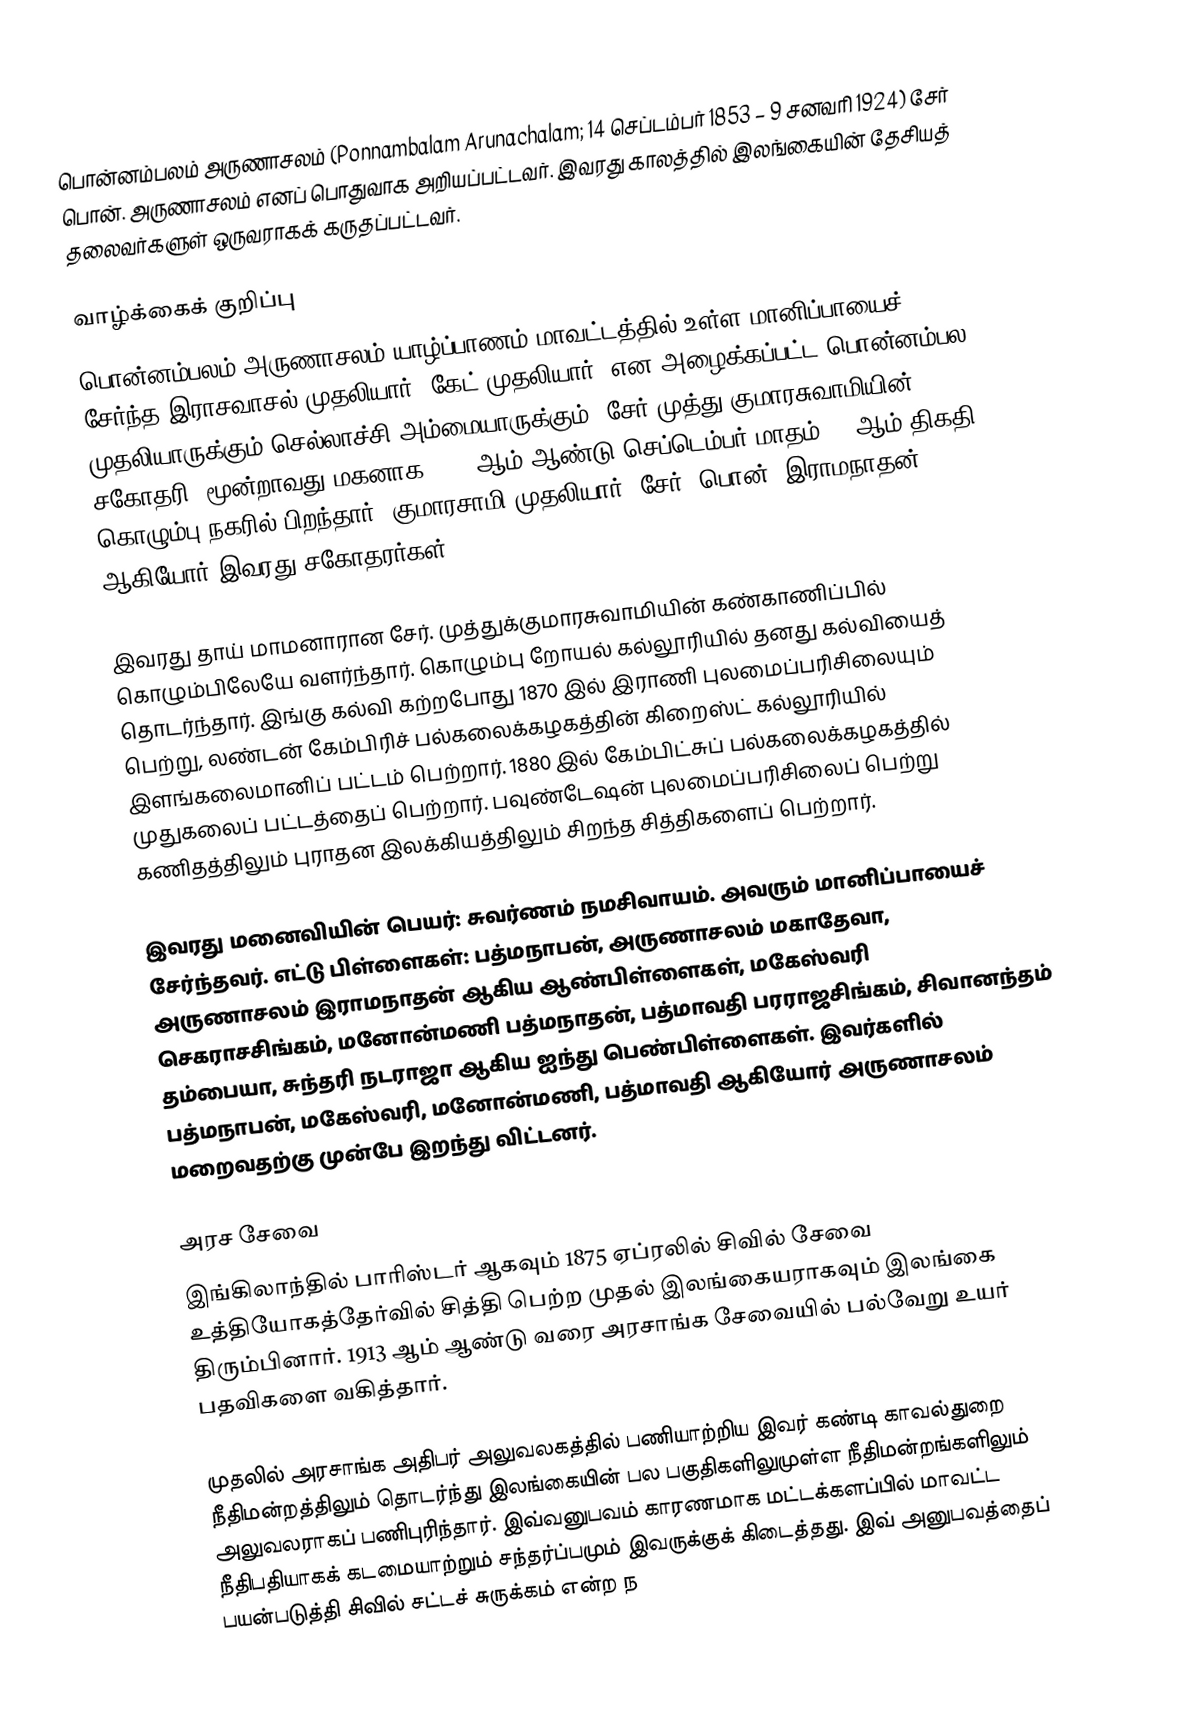
பொன்னம்பலம் அருணாசலம் (Ponnambalam Arunachalam; 14 செப்டம்பர் 1853 – 9 சனவரி 1924) சேர் பொன். அருணாசலம் எனப் பொதுவாக அறியப்பட்டவர். இவரது காலத்தில் இலங்கையின் தேசியத் தலைவர்களுள் ஒருவராகக் கருதப்பட்டவர்.

வாழ்க்கைக் குறிப்பு
பொன்னம்பலம் அருணாசலம் யாழ்ப்பாணம் மாவட்டத்தில் உள்ள மானிப்பாயைச் சேர்ந்த இராசவாசல் முதலியார் (கேட் முதலியார்) என அழைக்கப்பட்ட பொன்னம்பல முதலியாருக்கும் செல்லாச்சி அம்மையாருக்கும் (சேர் முத்து குமாரசுவாமியின் சகோதரி) மூன்றாவது மகனாக 1853 ஆம் ஆண்டு செப்டெம்பர் மாதம் 14 ஆம் திகதி கொழும்பு நகரில் பிறந்தார். குமாரசாமி முதலியார், சேர். பொன். இராமநாதன் ஆகியோர் இவரது சகோதரர்கள்.

இவரது தாய் மாமனாரான சேர். முத்துக்குமாரசுவாமியின் கண்காணிப்பில் கொழும்பிலேயே வளர்ந்தார். கொழும்பு றோயல் கல்லூரியில் தனது கல்வியைத் தொடர்ந்தார். இங்கு கல்வி கற்றபோது 1870 இல் இராணி புலமைப்பரிசிலையும் பெற்று, லண்டன் கேம்பிரிச் பல்கலைக்கழகத்தின் கிறைஸ்ட் கல்லூரியில் இளங்கலைமானிப் பட்டம் பெற்றார். 1880 இல் கேம்பிட்சுப் பல்கலைக்கழகத்தில் முதுகலைப் பட்டத்தைப் பெற்றார். பவுண்டேஷன் புலமைப்பரிசிலைப் பெற்று கணிதத்திலும் புராதன இலக்கியத்திலும் சிறந்த சித்திகளைப் பெற்றார்.

இவரது மனைவியின் பெயர்: சுவர்ணம் நமசிவாயம். அவரும் மானிப்பாயைச் சேர்ந்தவர். எட்டு பிள்ளைகள்: பத்மநாபன், அருணாசலம் மகாதேவா, அருணாசலம் இராமநாதன் ஆகிய ஆண்பிள்ளைகள், மகேஸ்வரி செகராசசிங்கம், மனோன்மணி பத்மநாதன், பத்மாவதி பரராஜசிங்கம், சிவானந்தம் தம்பையா, சுந்தரி நடராஜா ஆகிய ஐந்து பெண்பிள்ளைகள். இவர்களில் பத்மநாபன், மகேஸ்வரி, மனோன்மணி, பத்மாவதி ஆகியோர் அருணாசலம் மறைவதற்கு முன்பே இறந்து விட்டனர்.

அரச சேவை
இங்கிலாந்தில் பாரிஸ்டர் ஆகவும் 1875 ஏப்ரலில் சிவில் சேவை உத்தியோகத்தேர்வில் சித்தி பெற்ற முதல் இலங்கையராகவும் இலங்கை திரும்பினார். 1913 ஆம் ஆண்டு வரை அரசாங்க சேவையில் பல்வேறு உயர் பதவிகளை வகித்தார்.

முதலில் அரசாங்க அதிபர் அலுவலகத்தில் பணியாற்றிய இவர் கண்டி காவல்துறை நீதிமன்றத்திலும் தொடர்ந்து இலங்கையின் பல பகுதிகளிலுமுள்ள நீதிமன்றங்களிலும் அலுவலராகப் பணிபுரிந்தார். இவ்வனுபவம் காரணமாக மட்டக்களப்பில் மாவட்ட நீதிபதியாகக் கடமையாற்றும் சந்தர்ப்பமும் இவருக்குக் கிடைத்தது. இவ் அனுபவத்தைப் பயன்படுத்தி சிவில் சட்டச் சுருக்கம் என்ற ந